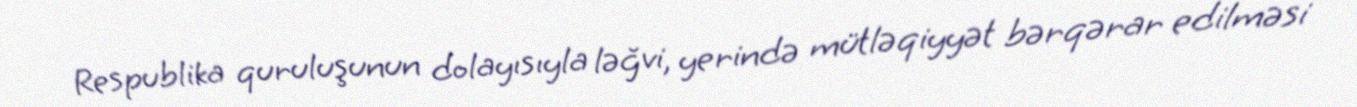
Respublika quruluşunun dolayısıyla ləğvi, yerində mütləqiyyət bərqərar edilməsi